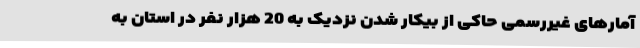
آمارهای غیررسمی حاکی از بیکار شدن نزدیک به 20 هزار نفر در استان به